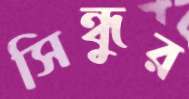
সিন্ধুর